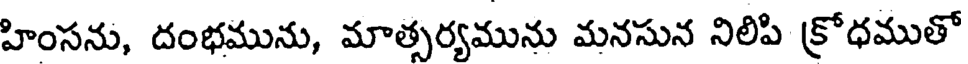
హింసను, దంభమును, మాత్సర్యమును మనసున నిలిపి క్రోధముతో